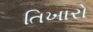
તિખારો